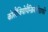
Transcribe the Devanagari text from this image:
कोलैंजियोपैन्क्रियेटोग्राफी